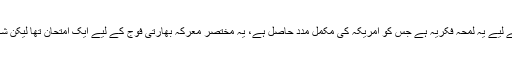
نیویارک ٹائمز کے مطابق ایسی فوج کے لیے یہ لمحہ فکریہ ہے جس کو امریکہ کی مکمل مدد حاصل ہے، یہ مختصر معرکہ بھارتی فوج کے لیے ایک امتحان تھا لیکن شکست نے مبصرین کو حیران کردیا ہے۔